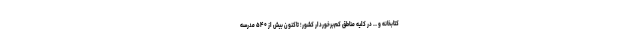
کتابخانه و … در کلیه مناطق کم‌برخوردار کشور؛ تاکنون بیش از ۵۴۰ مدرسه